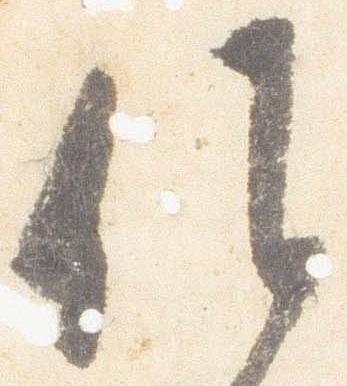
候